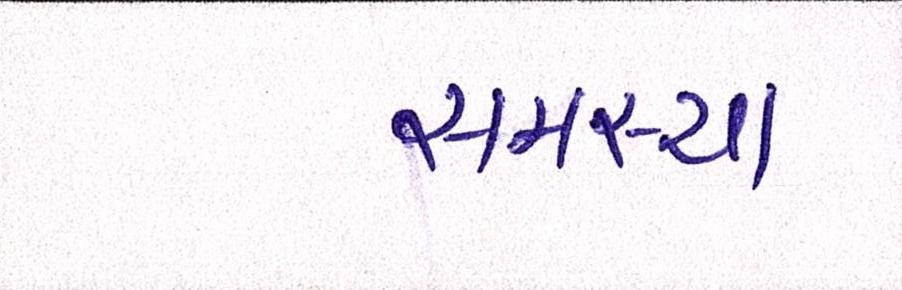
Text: સમસ્યા